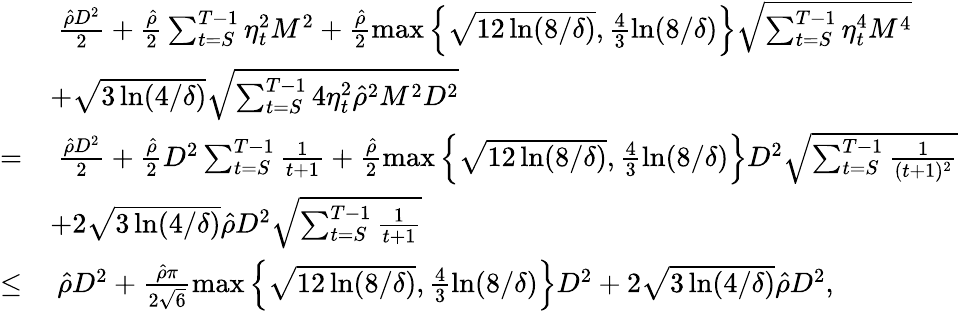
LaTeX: \begin{array}{rl}&{~\frac{\hat{\rho}D^{2}}{2}+\frac{\hat{\rho}}{2}\sum_{t=S}^{T-1}\eta_{t}^{2}M^{2}+\frac{\hat{\rho}}{2}\operatorname*{max}\left\{ \sqrt{12\ln(8/\delta)},\frac{4}{3}\ln(8/\delta)\right\} \sqrt{\sum_{t=S}^{T-1}\eta_{t}^{4}M^{4}}}\\ &{+\sqrt{3\ln(4/\delta)}\sqrt{\sum_{t=S}^{T-1}4\eta_{t}^{2}\hat{\rho}^{2}M^{2}D^{2}}}\\ {=}&{~\frac{\hat{\rho}D^{2}}{2}+\frac{\hat{\rho}}{2}D^{2}\sum_{t=S}^{T-1}\frac{1}{t+1}+\frac{\hat{\rho}}{2}\operatorname*{max}\left\{ \sqrt{12\ln(8/\delta)},\frac{4}{3}\ln(8/\delta)\right\} D^{2}\sqrt{\sum_{t=S}^{T-1}\frac{1}{(t+1)^{2}}}}\\ &{+2\sqrt{3\ln(4/\delta)}\hat{\rho}D^{2}\sqrt{\sum_{t=S}^{T-1}\frac{1}{t+1}}}\\ {\leq}&{~\hat{\rho}D^{2}+\frac{\hat{\rho}\pi}{2\sqrt{6}}\operatorname*{max}\left\{ \sqrt{12\ln(8/\delta)},\frac{4}{3}\ln(8/\delta)\right\} D^{2}+2\sqrt{3\ln(4/\delta)}\hat{\rho}D^{2},}\end{array}